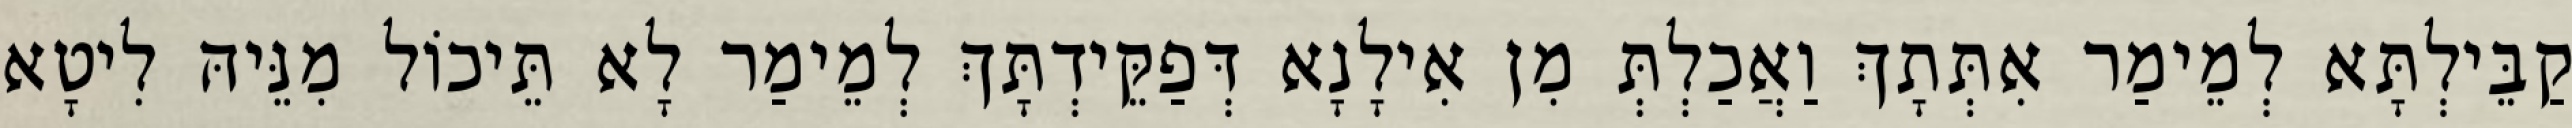
קַבֵּילְתָּא לְמֵימַר אִתְּתָךְ וַאֲכַלְתְּ מִן אִילָנָא דְּפַקֵּידְתָּךְ לְמֵימַר לָא תֵּיכוֹל מִנֵּיהּ לִיטָא